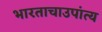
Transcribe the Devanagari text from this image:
भारताचाउपांत्य